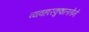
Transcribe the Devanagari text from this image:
व्यवहारकुशलतेने